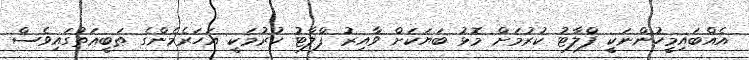
އެއްބައިމީހުންނަކީ ފްލާޓު ކުރުމަށް މޮޅު ބަޔަކަށް ވާއިރު ފްލާޓު ކުރުމަކީ އަހަރެމެންގެ ޠަބީޢަތުގައިވެސް